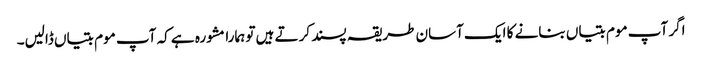
اگر آپ موم بتیاں بنانے کا ایک آسان طریقہ پسند کرتے ہیں تو ہمارا مشورہ ہے کہ آپ موم بتیاں ڈالیں۔